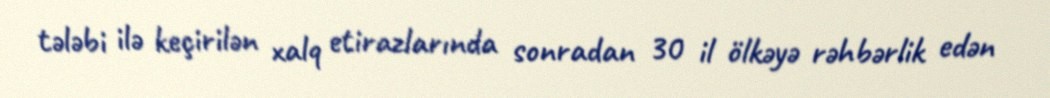
tələbi ilə keçirilən xalq etirazlarında sonradan 30 il ölkəyə rəhbərlik edən